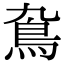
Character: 䲥